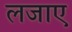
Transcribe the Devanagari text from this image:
लजाए